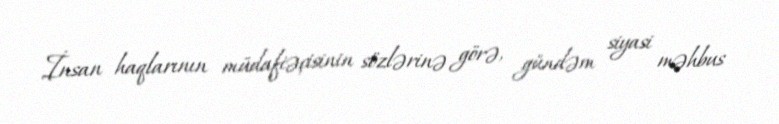
İnsan haqlarının müdafiəçisinin sözlərinə görə, gündəm siyasi məhbus